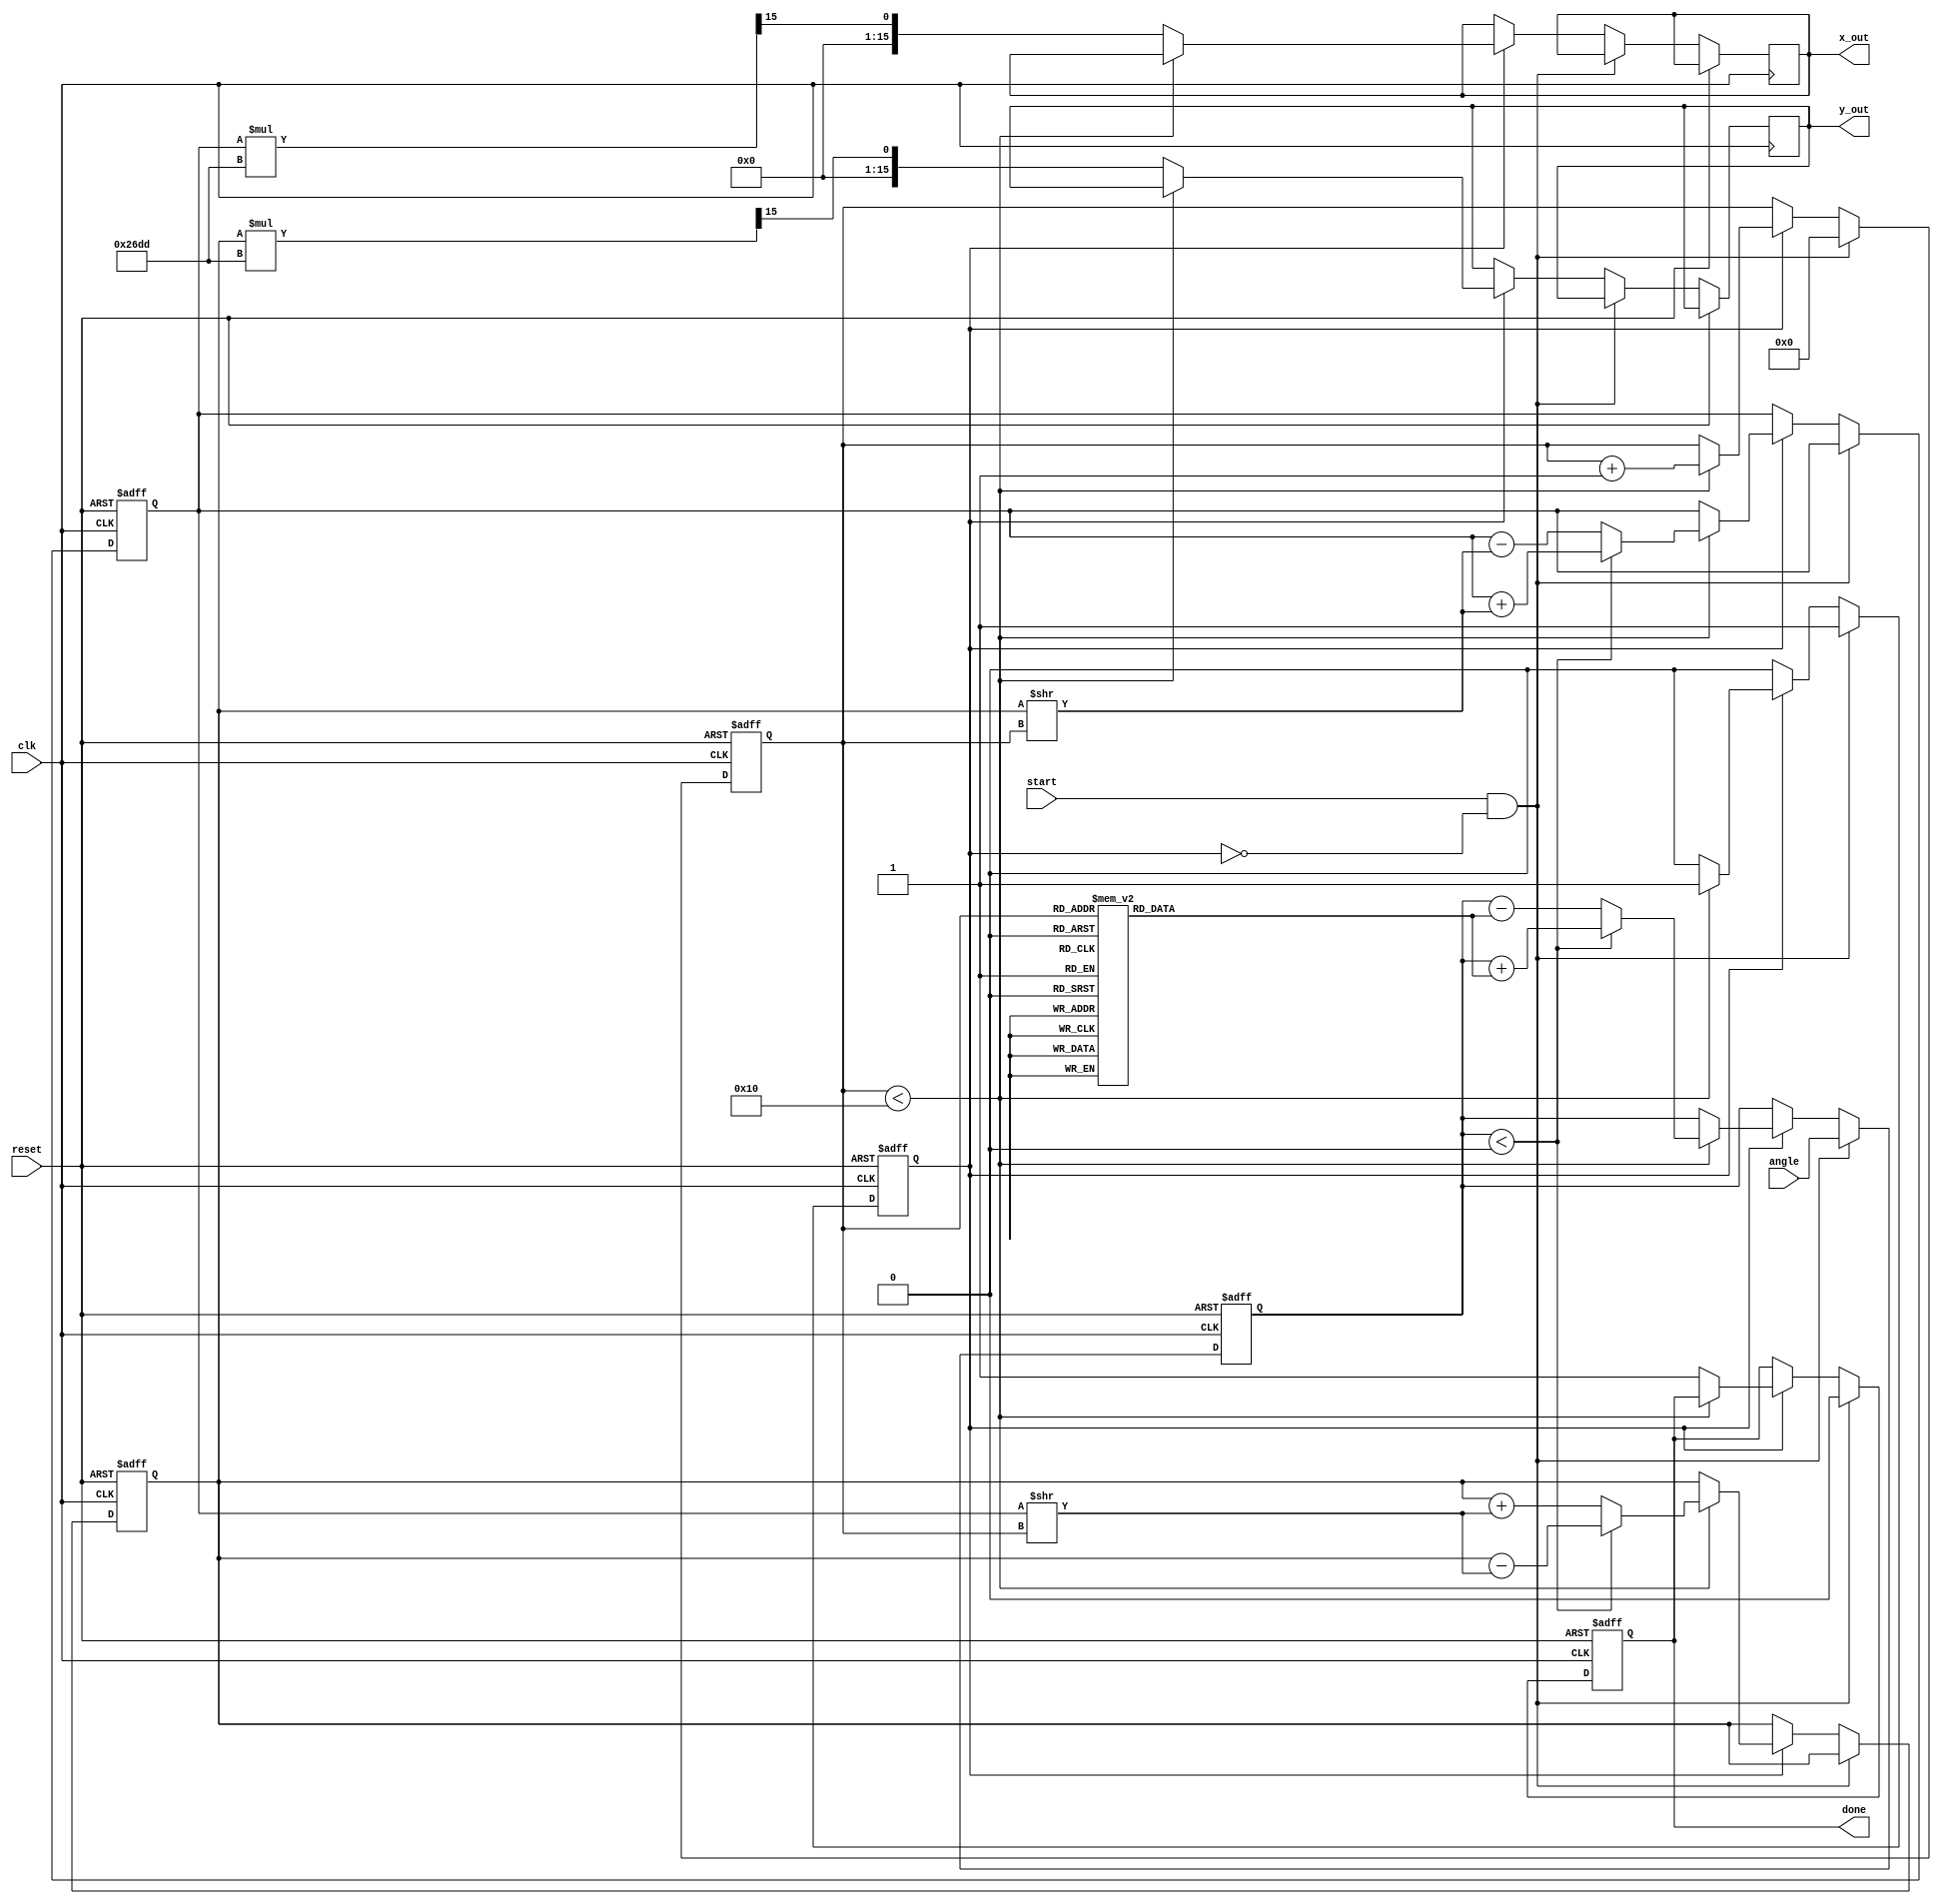
module cordic (
    input  wire clk,             // Clock signal
    input  wire reset,           // Reset signal
    input  wire [15:0] angle,    // Input angle (in fixed-point representation)
    input  wire start,           // Start the computation
    output reg [15:0] x_out,     // Output x (cosine value)
    output reg [15:0] y_out,     // Output y (sine value)
    output reg done              // Done signal
);

// Parameters
parameter NUM_ITERATIONS = 16;   // Number of CORDIC iterations
parameter CORDIC_GAIN = 16'h26DD; // Gain correction factor (K = 1/(sqrt(1 + 2^(-2k)))) for k=0 to NUM_ITERATIONS

// Internal signals
reg [15:0] x;                     // Current x value
reg [15:0] y;                     // Current y value
reg [15:0] z;                     // Current angle (accumulated)
reg [15:0] angle_lut [0:NUM_ITERATIONS-1]; // Angle lookup table
reg [3:0] iteration;              // Iteration counter
reg direction;                    // Direction of rotation
reg running;                     // Running state

// Initialize the angle lookup table
initial begin
    angle_lut[0] = 16'h2000; // atan(2^0)
    angle_lut[1] = 16'h1000; // atan(2^-1)
    angle_lut[2] = 16'h0800; // atan(2^-2)
    angle_lut[3] = 16'h0400; // atan(2^-3)
    angle_lut[4] = 16'h0200; // atan(2^-4)
    angle_lut[5] = 16'h0100; // atan(2^-5)
    angle_lut[6] = 16'h0080; // atan(2^-6)
    angle_lut[7] = 16'h0040; // atan(2^-7)
    angle_lut[8] = 16'h0020; // atan(2^-8)
    angle_lut[9] = 16'h0010; // atan(2^-9)
    angle_lut[10] = 16'h0008; // atan(2^-10)
    angle_lut[11] = 16'h0004; // atan(2^-11)
    angle_lut[12] = 16'h0002; // atan(2^-12)
    angle_lut[13] = 16'h0001; // atan(2^-13)
    angle_lut[14] = 16'h0000; // atan(2^-14)
    angle_lut[15] = 16'hFFFF; // atan(2^-15)
end

// Sequential logic for computation
always @(posedge clk or posedge reset) begin
    if (reset) begin
        x <= 16'h4000; // Initial x = 1 (fixed-point)
        y <= 16'h0000; // Initial y = 0
        z <= 16'h0000; // Initial accumulated angle
        iteration <= 0;
        running <= 0;
        done <= 0;
    end else if (start && !running) begin
        // Start CORDIC calculation
        running <= 1;
        iteration <= 0;
        done <= 0;
        z <= angle; // Load input angle
    end else if (running) begin
        if (iteration < NUM_ITERATIONS) begin
            // Determine direction of rotation
            if (z < 0) begin
                direction <= 1; // Rotate counterclockwise
                z <= z + angle_lut[iteration]; // Update accumulated angle
                x <= x + (y >> iteration); // Update x
                y <= y - (x >> iteration); // Update y
            end else begin
                direction <= 0; // Rotate clockwise
                z <= z - angle_lut[iteration]; // Update accumulated angle
                x <= x - (y >> iteration); // Update x
                y <= y + (x >> iteration); // Update y
            end
            iteration <= iteration + 1;
        end else begin
            // Done with calculations
            x_out <= (x * CORDIC_GAIN) >> 15; // Apply gain correction
            y_out <= (y * CORDIC_GAIN) >> 15; // Apply gain correction
            done <= 1;
            running <= 0;
        end
    end
end

endmodule